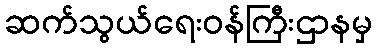
ဆက်သွယ်ရေးဝန်ကြီးဌာနမှ